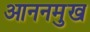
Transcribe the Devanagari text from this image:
आननमुख